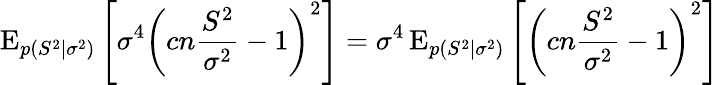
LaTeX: \operatorname{E}_{p(S^{2}\mid\sigma^{2})}\left[\sigma^{4}\left(cn{\frac{S^{2}}{\sigma^{2}}}-1\right)^{2}\right]=\sigma^{4}\operatorname{E}_{p(S^{2}\mid\sigma^{2})}\left[\left(cn{\frac{S^{2}}{\sigma^{2}}}-1\right)^{2}\right]